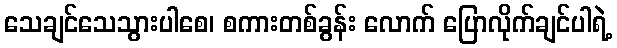
သေချင်သေသွားပါစေ၊ စကားတစ်ခွန်း လောက် ပြောလိုက်ချင်ပါရဲ့